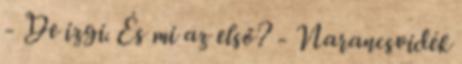
- De izgi. És mi az első? - Narancsvidék